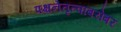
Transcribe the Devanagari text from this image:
पक्षनेतृत्वाबरोबर